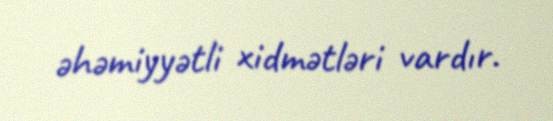
əhəmiyyətli xidmətləri vardır.